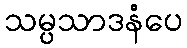
သမ္ပသာဒနံပေ